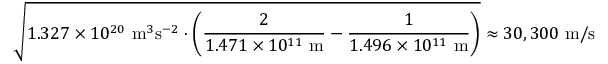
{ \sqrt { 1 . 3 2 7 \times 1 0 ^ { 2 0 } ~ { \mathrm { m } } ^ { 3 } { \mathrm { s } } ^ { - 2 } \cdot \left( { \frac { 2 } { 1 . 4 7 1 \times 1 0 ^ { 1 1 } ~ { \mathrm { m } } } } - { \frac { 1 } { 1 . 4 9 6 \times 1 0 ^ { 1 1 } ~ { \mathrm { m } } } } \right) } } \approx 3 0 , 3 0 0 ~ { \mathrm { m } } / { \mathrm { s } }